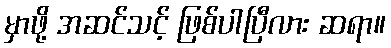
မှာဖို့ အဆင်သင့် ဖြစ်ပါပြီလား ဆရာ။